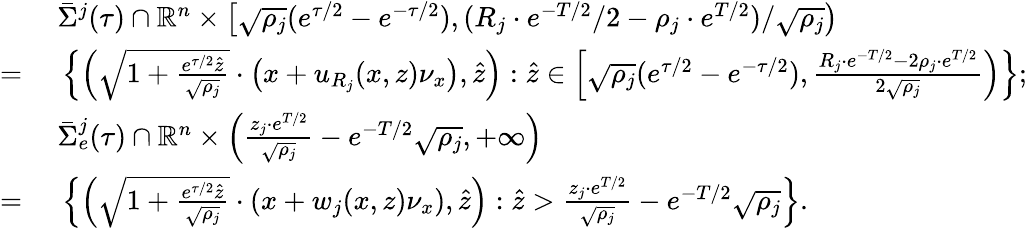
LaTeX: \begin{array}{rl}&{\ \bar{\Sigma}^{j}(\tau)\cap\mathbb{R}^{n}\times\left[\sqrt{\rho_{j}}(e^{\tau/2}-e^{-\tau/2}),(R_{j}\cdot e^{-T/2}/2-\rho_{j}\cdot e^{T/2})/\sqrt{\rho_{j}}\right)}\\ {=}&{\ \left\{ \left(\sqrt{1+\frac{e^{\tau/2}\hat{z}}{\sqrt{\rho_{j}}}}\cdot\left(x+u_{R_{j}}(x,z)\nu_{x}\right),\hat{z}\right):\hat{z}\in\left[\sqrt{\rho_{j}}(e^{\tau/2}-e^{-\tau/2}),\frac{R_{j}\cdot e^{-T/2}-2\rho_{j}\cdot e^{T/2}}{2\sqrt{\rho_{j}}}\right)\right\} ;}\\ &{\ \bar{\Sigma}_{e}^{j}(\tau)\cap\mathbb{R}^{n}\times\left(\frac{z_{j}\cdot e^{T/2}}{\sqrt{\rho_{j}}}-e^{-T/2}\sqrt{\rho_{j}},+\infty\right)}\\ {=}&{\ \left\{ \left(\sqrt{1+\frac{e^{\tau/2}\hat{z}}{\sqrt{\rho_{j}}}}\cdot\left(x+w_{j}(x,z)\nu_{x}\right),\hat{z}\right):\hat{z}>\frac{z_{j}\cdot e^{T/2}}{\sqrt{\rho_{j}}}-e^{-T/2}\sqrt{\rho_{j}}\right\} .}\end{array}